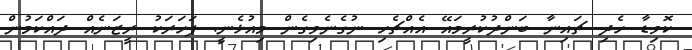
ކޮވިޑާ ހެދި ޗައިނާ ބަންދުކުރީމައޭ އެއްޗެހި ނުގެނެވިގެން މިއުޅެނީ. ފަހަރަކު ރީޒަނެއް ދައްކަމުން